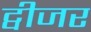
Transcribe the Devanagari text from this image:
ट्वीजर